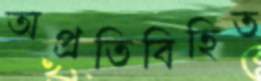
অপ্রতিবিহিত